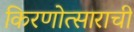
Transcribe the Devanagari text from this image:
किरणोत्साराची